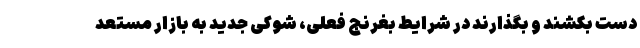
دست بکشند و بگذارند در شرایط بغرنج فعلی، شوکی جدید به بازار مستعد